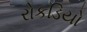
રોકડિયો